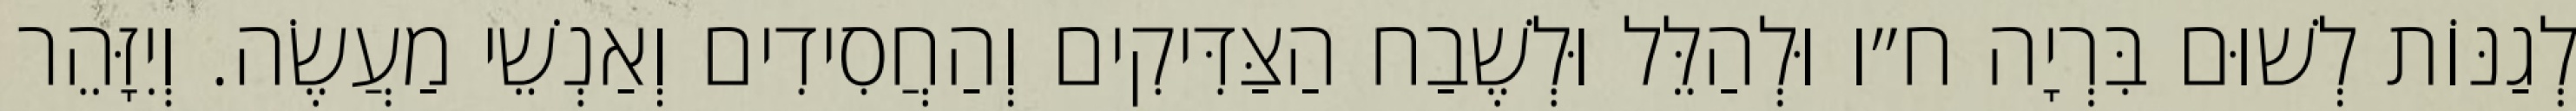
לְגַנּוֹת לְשׁוּם בִּרְיָה ח״ו וּלְהַלֵּל וּלְשֶׁבַח הַצַּדִּיקִים וְהַחֲסִידִים וְאַנְשֵׁי מַעֲשֶׂה. וְיִזָּהֵר